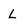
Character: L